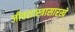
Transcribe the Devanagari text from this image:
जीवशास्त्रासारखे